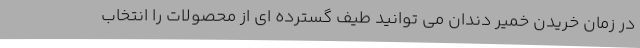
در زمان خریدن خمیر دندان می توانید طیف گسترده ای از محصولات را انتخاب